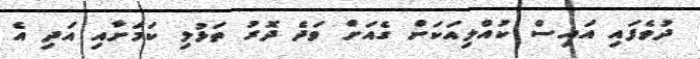
ދުވެފައި އައިސް ކުއްލިއަކަށް ގެއަށް ވަދެ ދޮރު ތަޅުލި ކަމަށާއި އަދި އެ